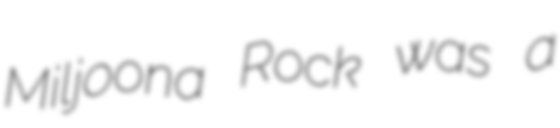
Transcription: Miljoona Rock was a